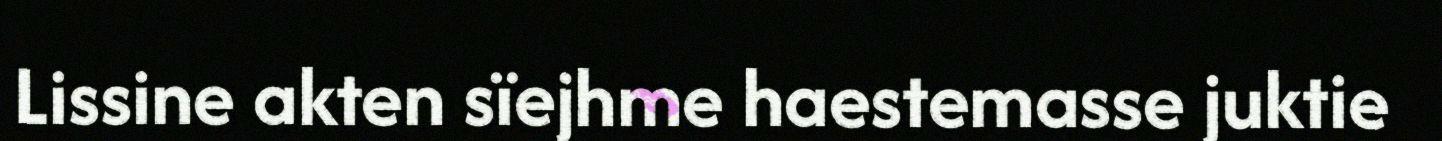
Lissine akten sïejhme haestemasse juktie